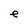
Character: e